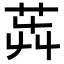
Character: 𦭺